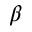
\beta